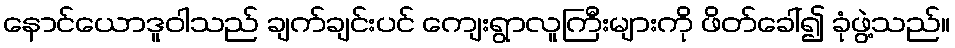
နောင်ယောဒူဝါသည် ချက်ချင်းပင် ကျေးရွာလူကြီးများကို ဖိတ်ခေါ်၍ ခုံဖွဲ့သည်။